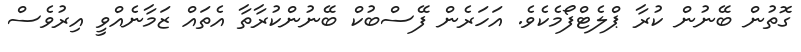
ގޮތުން ބޭނުން ކުރާ ޕްލެޓްފޯމެކެވެ. އަހަރެން ފޭސްބުކް ބޭނުންކުރާތާ އެތައް ޒަމާނެއްވީ އިރުވެސް